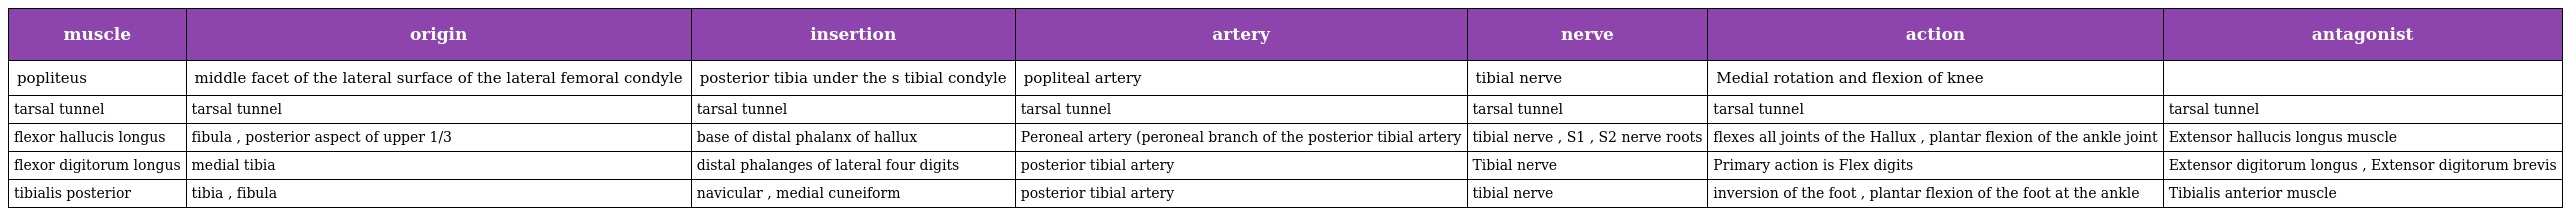
| muscle | origin | insertion | artery | nerve | action | antagonist |
 | --- | --- | --- | --- | --- | --- | --- |
 | popliteus | middle facet of the lateral surface of the lateral femoral condyle | posterior tibia under the s tibial condyle | popliteal artery | tibial nerve | Medial rotation and flexion of knee |  |
 | tarsal tunnel | tarsal tunnel | tarsal tunnel | tarsal tunnel | tarsal tunnel | tarsal tunnel | tarsal tunnel |
 | flexor hallucis longus | fibula , posterior aspect of upper 1/3 | base of distal phalanx of hallux | Peroneal artery (peroneal branch of the posterior tibial artery | tibial nerve , S1 , S2 nerve roots | flexes all joints of the Hallux , plantar flexion of the ankle joint | Extensor hallucis longus muscle |
 | flexor digitorum longus | medial tibia | distal phalanges of lateral four digits | posterior tibial artery | Tibial nerve | Primary action is Flex digits | Extensor digitorum longus , Extensor digitorum brevis |
 | tibialis posterior | tibia , fibula | navicular , medial cuneiform | posterior tibial artery | tibial nerve | inversion of the foot , plantar flexion of the foot at the ankle | Tibialis anterior muscle |